Leningradi_Edasi_toimetus, lk 79
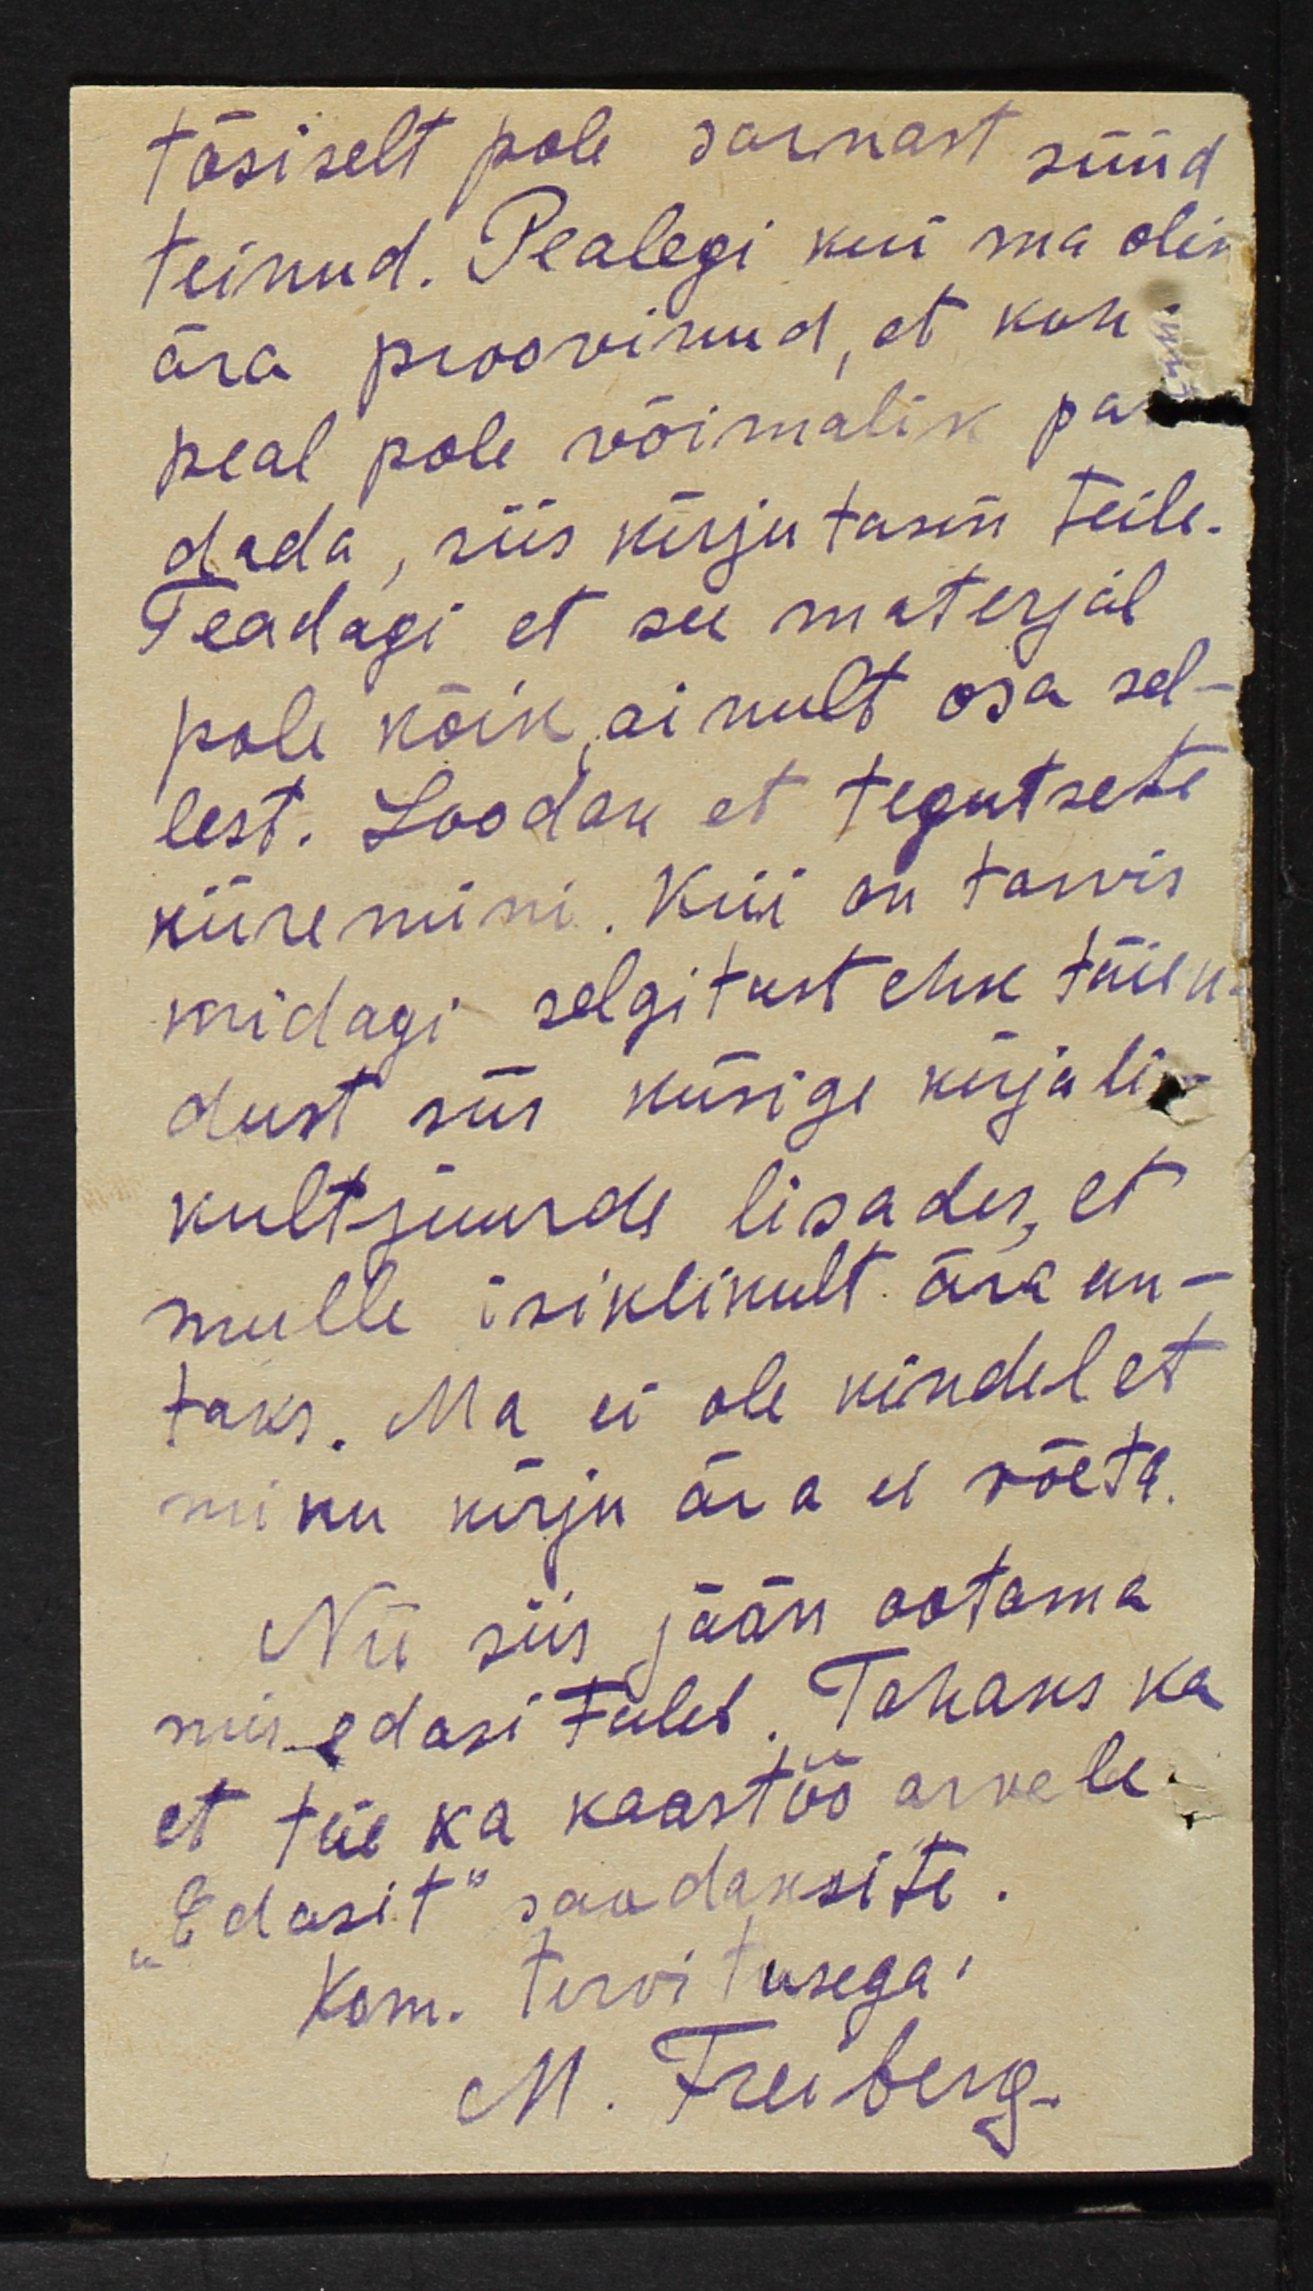
tõsiselt pole sarnast süüd
teinud. Pealegi kui ma olin
ära proovinud, et koh-
peal pole võimalik pa
dada, siis kirjutasin teile.
Teadagi, et see materjal
pole kõik, ainult osa sel-
lest. Loodan et tegutsete
kiiremini. Kui on tarvis
midagi selgitust ehk täien-
dust siis küsige kirjali-
kult juurde lisades, et
mulle isiklikult ära an-
taks. Ma ei ole kindel et
minu kirju ära ei võeta.
Nii siis jään ootama
mis edasi tuleb. Tahaks ka
et teie ka koostöö arvele.
Edasit" saadaksite.
Kom. tervitusega;
M. Freiberg